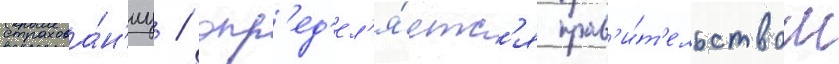
страхова́н'иу / опр'ед'ел'я́етс'я прав'и́т'ельством